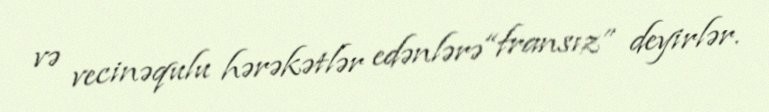
və vecinəqulu hərəkətlər edənlərə “fransız” deyirlər.